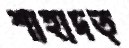
শাহাদত্